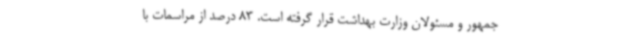
جمهور و مسئولان وزارت بهداشت قرار گرفته است. 83 درصد از مراسمات با